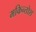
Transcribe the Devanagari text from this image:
मकिन्तोश